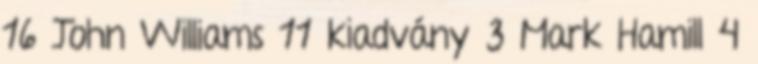
16 John Williams 11 kiadvány 3 Mark Hamill 4